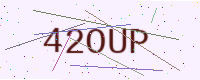
Text: 42OUP